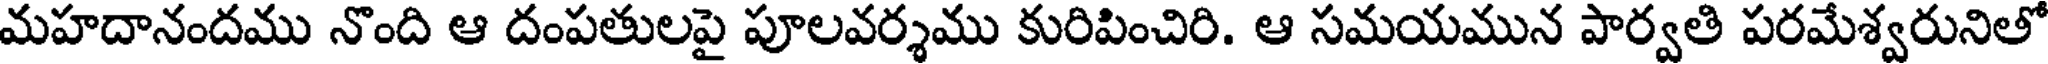
మహదానందము నొంది ఆ దంపతులపై పూలవర్శము కురిపించిరి. ఆ సమయమున పార్వతి పరమేశ్వరునితో